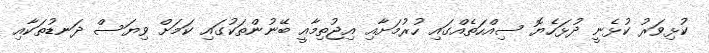
ކުޅިވަރު ކުޅެނީ ދުޅަހެޔޮ ސިއްހަތެއްގައި ހުރުމަށާއި އިޖުތިމާއީ ބޭނުންތަކުގައި ކަމަށް ވިޔަސް ދަނޑުތަކާއި